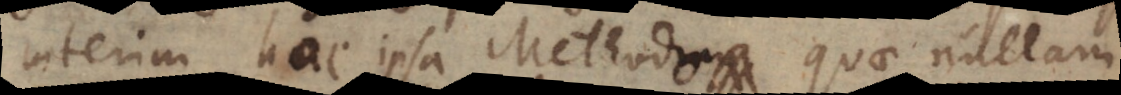
Interim hac ipsa Methodo quae nullam